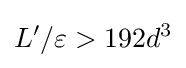
L'/\varepsilon >192d^{3}